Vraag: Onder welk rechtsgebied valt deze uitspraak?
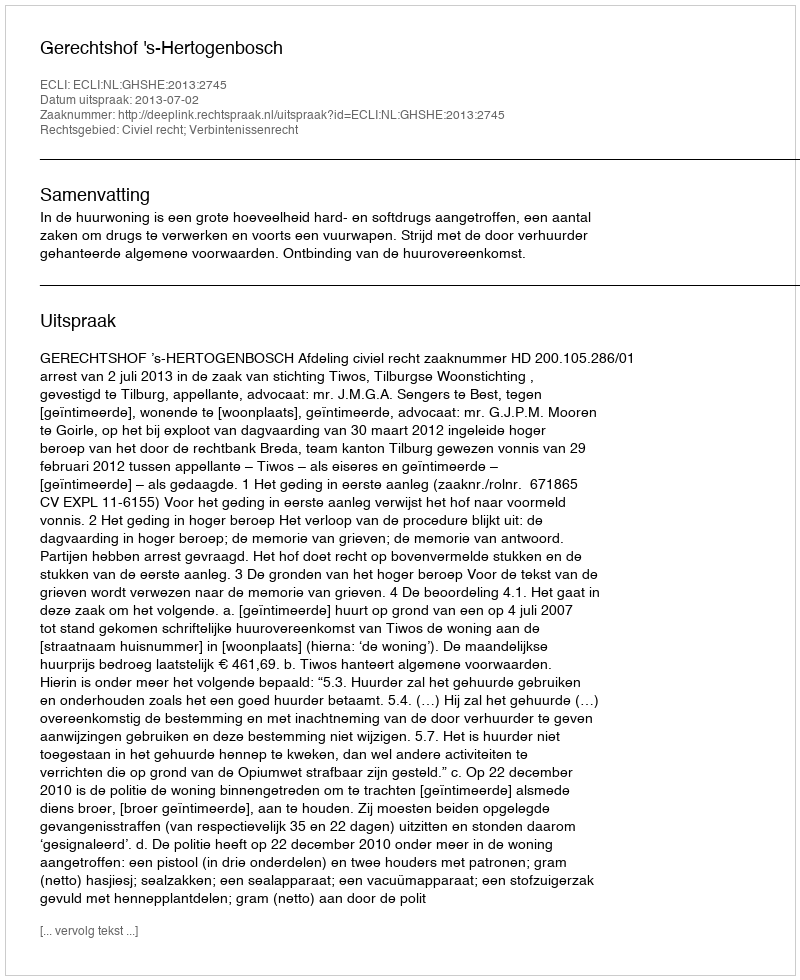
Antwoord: Civiel recht; Verbintenissenrecht